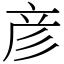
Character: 彦